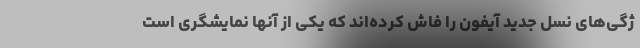
ژگی‌های نسل جدید آیفون را فاش کرده‌اند که یکی از آنها نمایشگری است